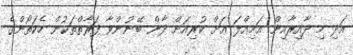
އަދި މި ދާއިރާއިން އަމިއްލަ އަށް ކުރިއަށް ދާން ބޭނުންވާ ފަރާތްތަކުން ހެކަތޯންގެ